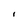
Character: I